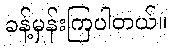
ခန့်မှန်းကြပါတယ်။